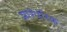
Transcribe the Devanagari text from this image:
प्रारंपरिक